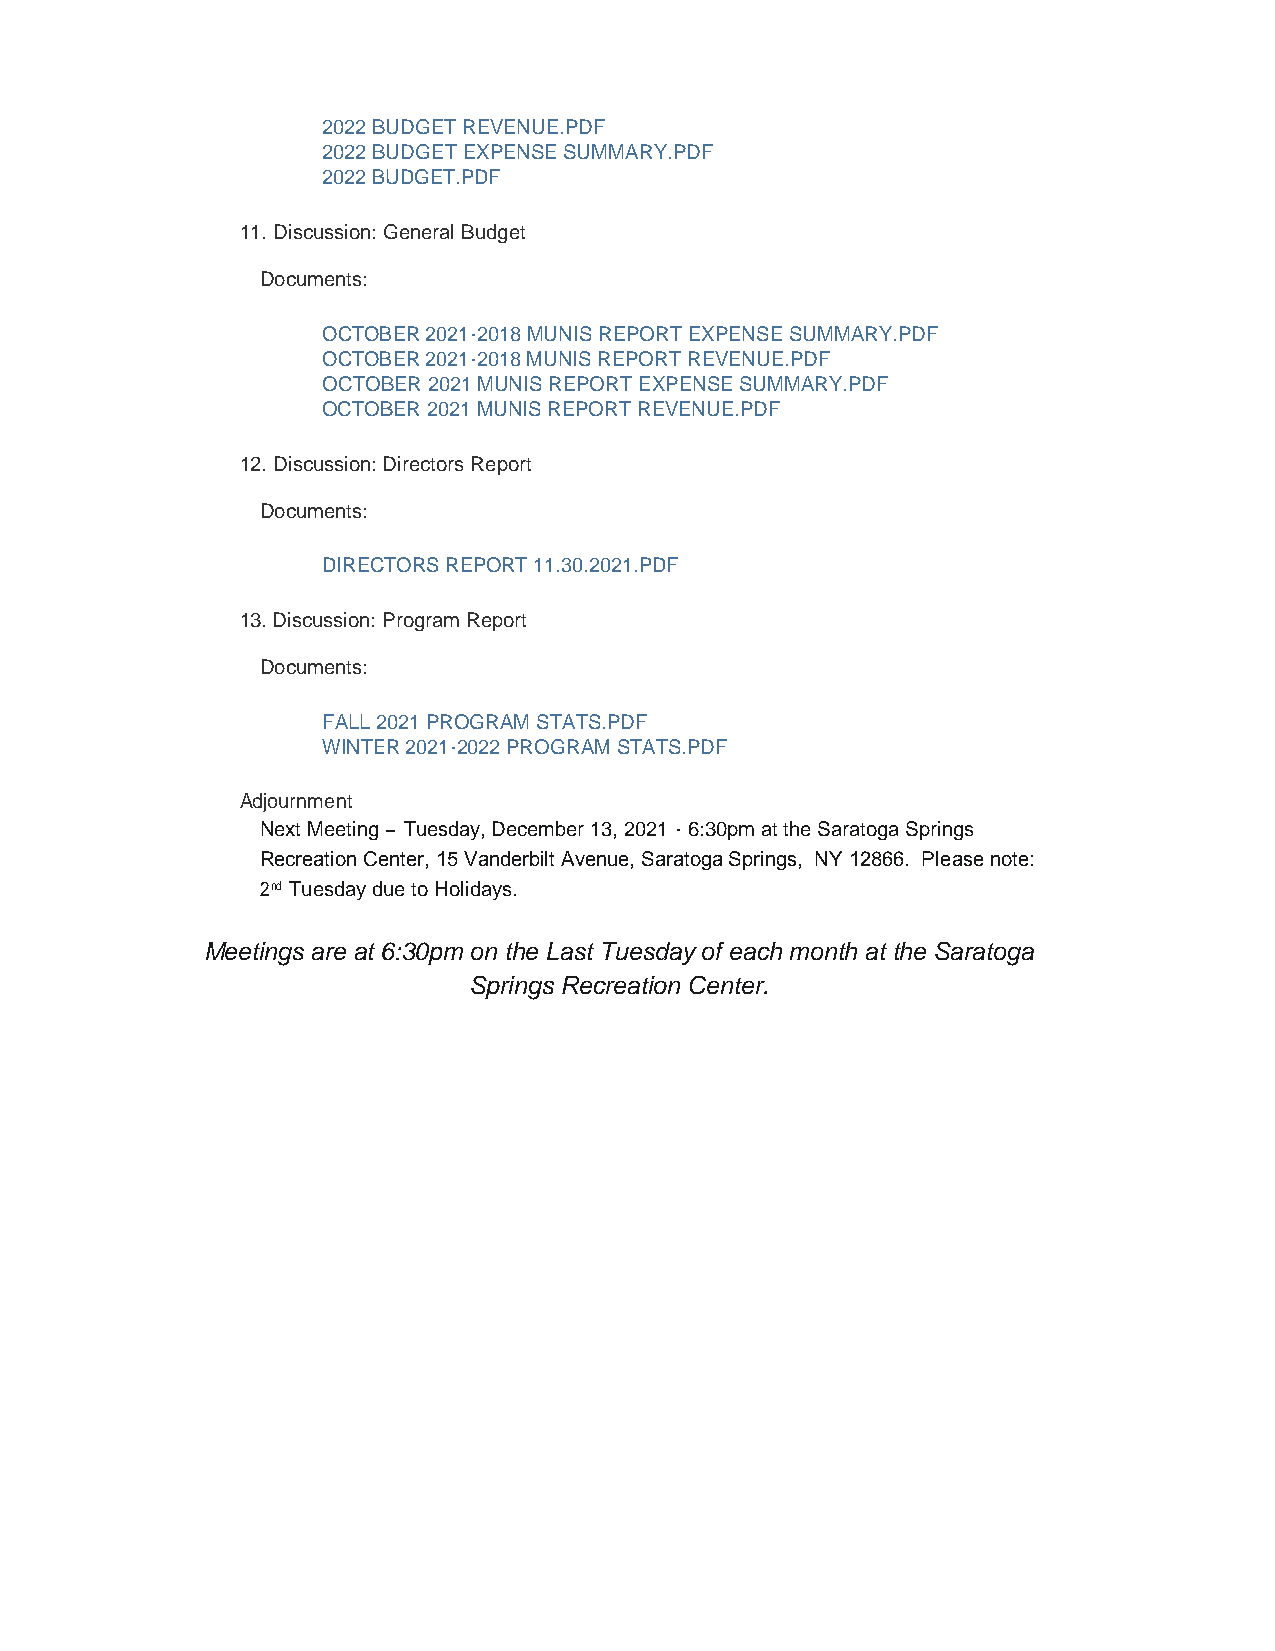
Attendance
 Public Comment
 1. Discussion And Vote: Minutes
 2. Welcome Recreation Commission Member
 3. Discussion And Vote: Appointment Assistant Administrative Director Recreation
 4. Discussion And Vote: 2022 Recreation Commission Calendar
 Documents:
 2022 COMMISSION MEETING DATES.PDF
 5. Discussion And Vote: Recreation Center Agreement
 Documents:
 2022-2023 REC CENTER FACILILTY LICENSE AGREEMENT.PDF
 6. Discussion And Vote: Waiver Request
 Documents:
 REQUEST.PDF
 TOY DRIVE FLYER.PDF
 7. Discussion And Vote: Introduction To Ice Olympic Promotion
 Documents:
 APPROVAL OF INTRODUCTION TO ICE PROMOTION - RECREATION
 COMISSION 2021-11-30.PDF
 8. Announcement: Naming Of The Recreation Center – December 16, 2021
 9. Discussion: Resting Fields
 10. Discussion: 2022 Budget
 Documents:
 2022 BUDGET REVENUE.PDF
 2022 BUDGET EXPENSE SUMMARY.PDF
 2022 BUDGET.PDF
 11. Discussion: General Budget
 Documents:
 OCTOBER 2021-2018 MUNIS REPORT EXPENSE SUMMARY.PDF
 OCTOBER 2021-2018 MUNIS REPORT REVENUE.PDF
 OCTOBER 2021 MUNIS REPORT EXPENSE SUMMARY.PDF
 OCTOBER 2021 MUNIS REPORT REVENUE.PDF
 12. Discussion: Directors Report
 Documents:
 DIRECTORS REPORT 11.30.2021.PDF
 13. Discussion: Program Report
 Documents:
 FALL 2021 PROGRAM STATS.PDF
 WINTER 2021-2022 PROGRAM STATS.PDF
 Adjournment
 Next Meeting – Tuesday, December 13, 2021 - 6:30pm at the Saratoga Springs
 Recreation Center, 15 Vanderbilt Avenue, Saratoga Springs, NY 12866. Please note:
 2nd Tuesday due to Holidays.
 Meetings are at 6:30pm on the Last Tuesday of each month at the Saratoga
 Springs Recreation Center.